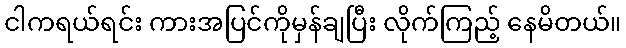
ငါကရယ်ရင်း ကားအပြင်ကိုမှန်ချပြီး လိုက်ကြည့် နေမိတယ်။